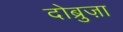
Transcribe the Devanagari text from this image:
दोब्रुज़ा